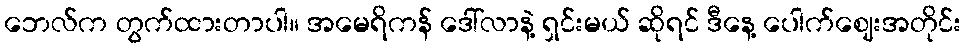
ဘေလ်က တွက်ထားတာပါ။ အမေရိကန် ဒေါ်လာနဲ့ ရှင်းမယ် ဆိုရင် ဒီနေ့ ပေါက်ဈေးအတိုင်း